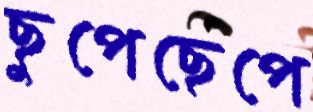
ছুপেছেপে